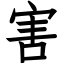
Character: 害